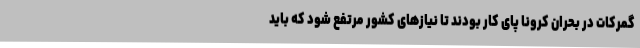
گمرکات در بحران کرونا پای کار بودند تا نیازهای کشور مرتفع شود که باید